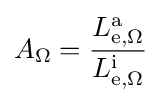
A_{\Omega }={\frac {L_{\mathrm {\mathrm {e} ,\Omega } }^{\mathrm {a} }}{L_{\mathrm {e} ,\Omega }^{\mathrm {i} }}}